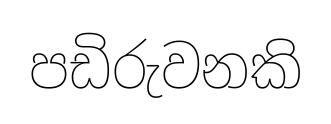
පඩිරුවනකි